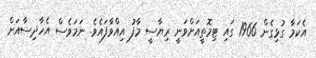
އެކަމާ ގުޅިގެން 1966 ގައި ޓިމޮތީއަށްވަނީ ރިޔާސީ މާފު އިއްވާފައެވެ. ނަމަވެސް އެހާދިސާއަށް